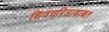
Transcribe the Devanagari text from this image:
शिवचरित्राबाबत